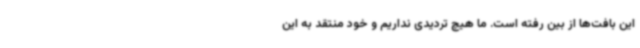
این بافت‌ها از بین رفته است. ما هیچ تردیدی نداریم و خود منتقد به این